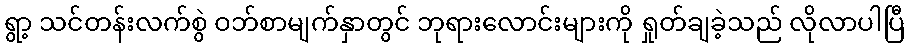
ရွာ့ သင်တန်းလက်စွဲ ဝဘ်စာမျက်နှာတွင် ဘုရားလောင်းများကို ရှုတ်ချခဲ့သည် လိုလာပါပြီ